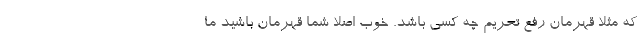
که مثلا قهرمان رفع تحریم چه کسی باشد. خوب اصلا شما قهرمان باشید ما